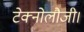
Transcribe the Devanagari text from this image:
टेक्नोलौजी।